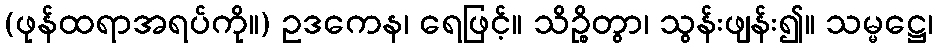
(ဖုန်ထရာအရပ်ကို။) ဥဒကေန၊ ရေဖြင့်။ သိဉ္စိတွာ၊ သွန်းဖျန်း၍။ သမ္မဋ္ဌေ၊